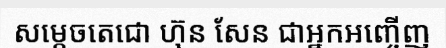
សម្តេចតេជោ ហ៊ុន សែន ជាអ្នកអញ្ចើញ